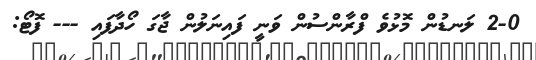
2-0 ލަނޑުން މޮޅުވެ ފްރާންސުން ވަނީ ފައިނަލުން ޖާގަ ހޯދާފައި --- ފޮޓޯ: